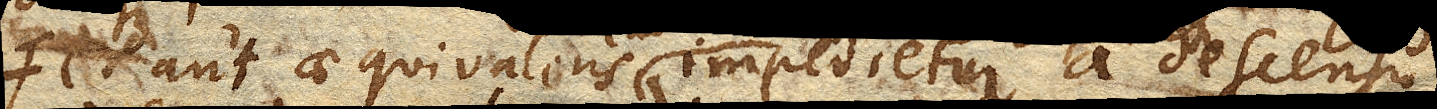
fe. aut aequivalens impedietur a descensu.